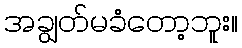
အချွတ်မခံတော့ဘူး။